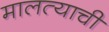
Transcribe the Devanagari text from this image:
मालत्याची